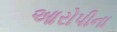
આરોપીના